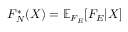
F _ { N } ^ { * } ( X ) = \mathbb { E } _ { F _ { E } } [ F _ { E } | X ]